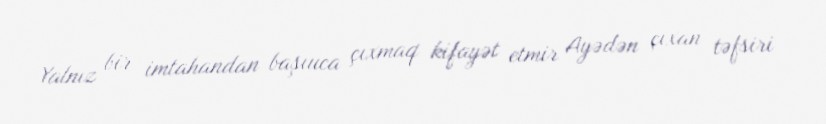
Yalnız bir imtahandan başıuca çıxmaq kifayət etmir Ayədən çıxan təfsiri